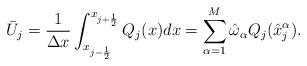
LaTeX: \begin{align*}\bar{U}_j=\frac{1}{\Delta x}\int_{x_{j-\frac{1}{2}}}^{x_{j+\frac{1}{2}}}Q_j(x)dx=\sum_{\alpha=1}^{M}\hat{\omega}_\alpha Q_j(\hat{x}_j^{\alpha}).\end{align*}